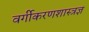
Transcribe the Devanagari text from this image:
वर्गीकरणशास्त्रज्ञ